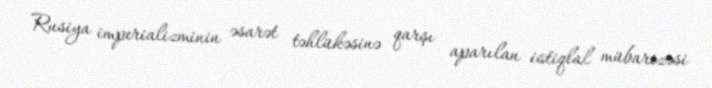
Rusiya imperializminin əsarət təhlükəsinə qarşı aparılan istiqlal mübarizəsi